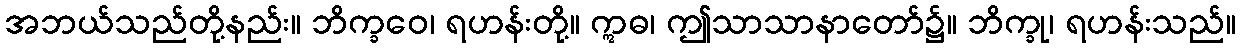
အဘယ်သည်တို့နည်း။ ဘိက္ခဝေ၊ ရဟန်းတို့။ ဣဓ၊ ဤသာသာနာတော်၌။ ဘိက္ခု၊ ရဟန်းသည်။